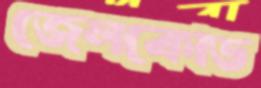
জেলকোড